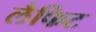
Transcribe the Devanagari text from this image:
लैफिट